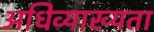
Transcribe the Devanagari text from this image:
अधिव्याख्यता